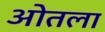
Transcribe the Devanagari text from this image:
ओतला